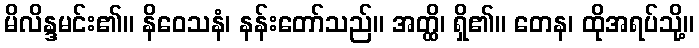
မိလိန္ဒမင်း၏။ နိဝေသနံ၊ နန်းတော်သည်။ အတ္ထိ၊ ရှိ၏။ တေန၊ ထိုအရပ်သို့။